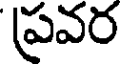
ప్రవర